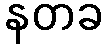
နတခ